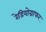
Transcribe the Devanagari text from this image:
रेडियोग्राफर